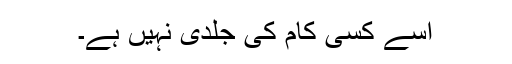
اسے کسی کام کی جلدی نہیں ہے۔